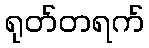
ရုတ်တရက်